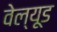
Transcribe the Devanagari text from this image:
वेल्यूड